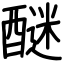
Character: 醚